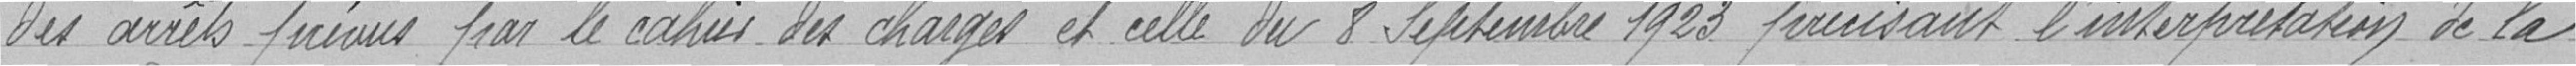
des arrêts prévus par le cahier des charges et celle du 8 Septembre 1923 précisant l'interprétation de la